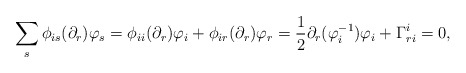
\begin{align*} \sum_s\phi_{is}(\partial_r)\varphi_s&=\phi_{ii}(\partial_r)\varphi_i+\phi_{ir}(\partial_r)\varphi_r=\frac{1}{2}\partial_r(\varphi^{-1}_i)\varphi_i+\Gamma_{ri}^i=0, \end{align*}